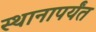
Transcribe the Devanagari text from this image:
स्थानापर्यंत